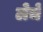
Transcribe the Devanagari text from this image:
लेचे